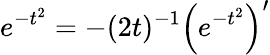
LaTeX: e^{-t^{2}}=-(2t)^{-1}\left(e^{-t^{2}}\right)^{\prime}